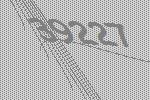
39227